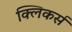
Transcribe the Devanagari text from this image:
क्लिकर्स